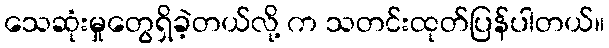
သေဆုံးမှုတွေရှိခဲ့တယ်လို့ က သတင်းထုတ်ပြန်ပါတယ်။